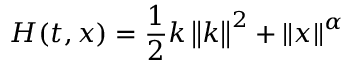
H ( t , x ) = \frac { 1 } { 2 } k \left\| k \right\| ^ { 2 } + \left\| x \right\| ^ { \alpha }